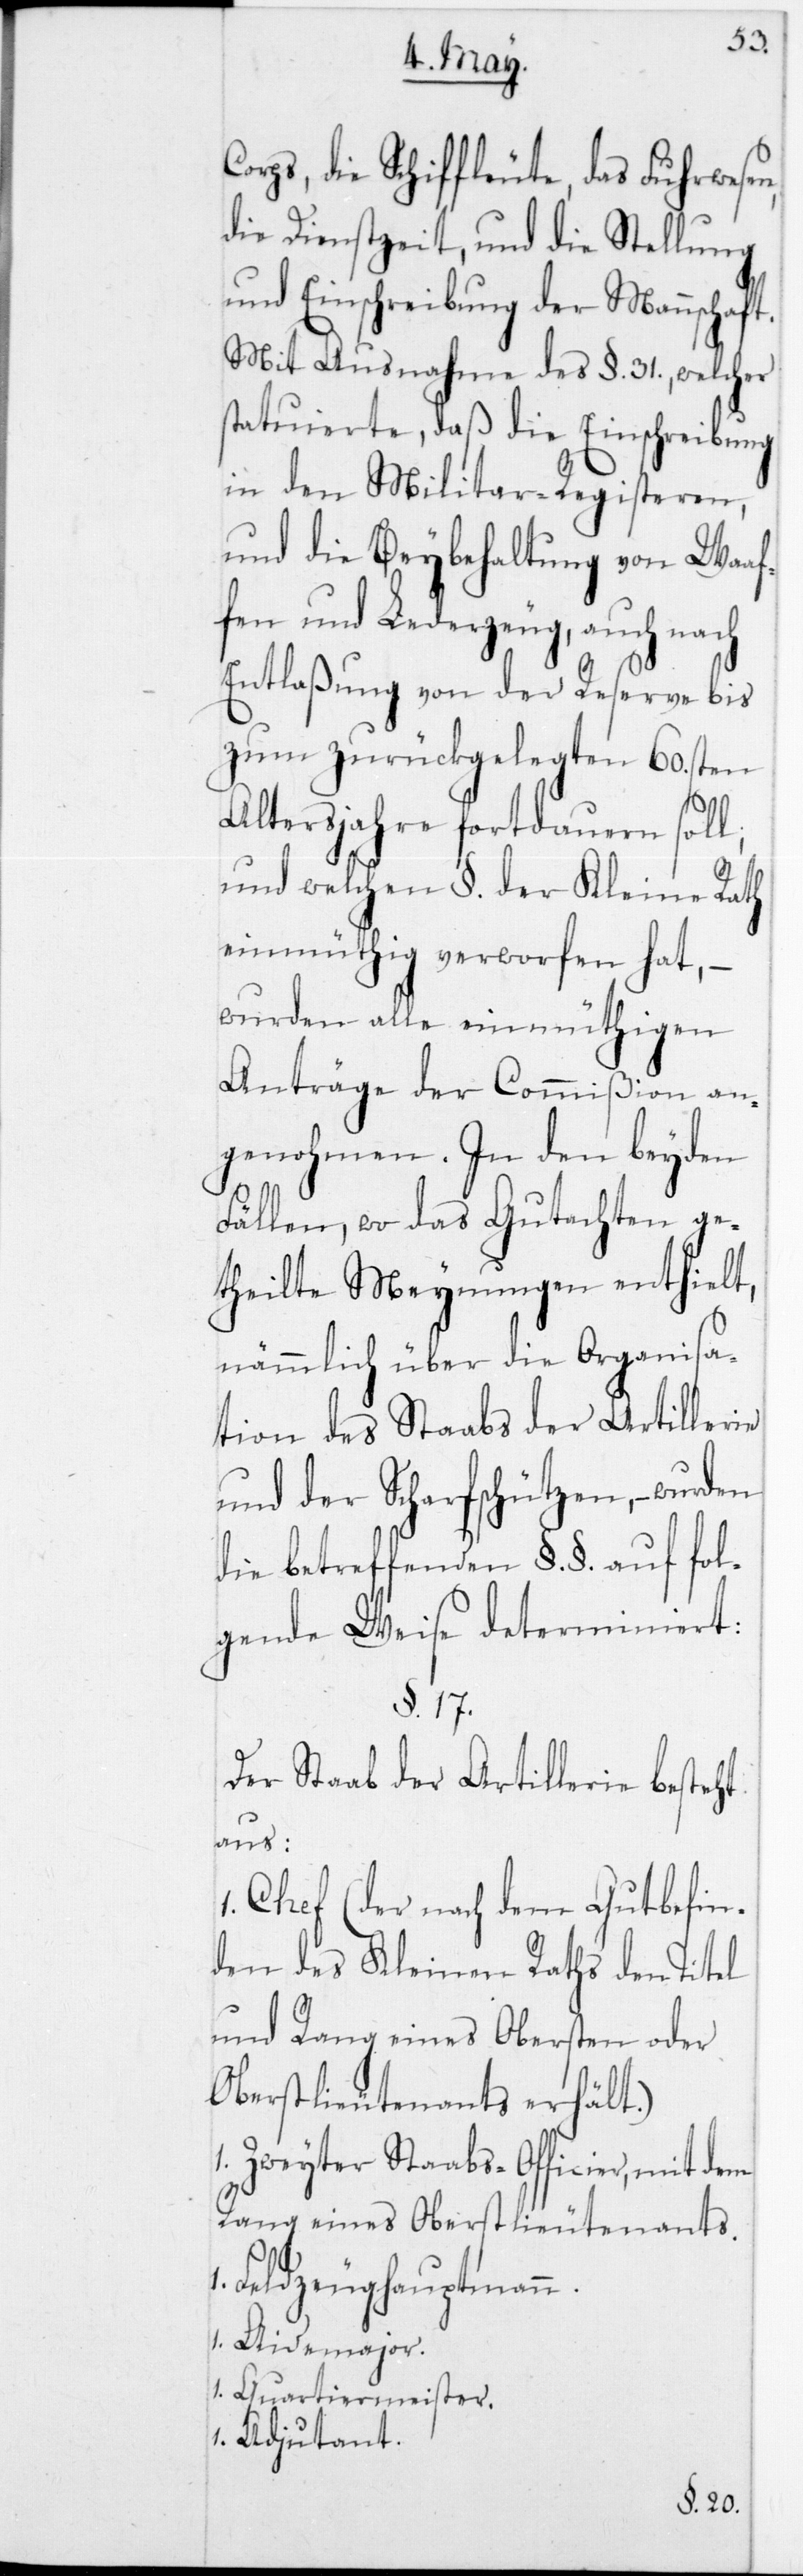
Corps, die Schiffleute, das Fuhrwesen,
die Dienstzeit, und die Stellung
und Einschreibung der Mannschaft.
Mit Ausnahme des § 31, welcher
statuierte, daß die Einschreibung
in den Militar-Registeren,
und die Beybehaltung von Waaf¬
fen und Lederzeug, auch nach
Entlaßung von der Reserve bis
zum zurückgelegten 60sten
Altersjahre fortdauern soll;
und welchen § der Kleine Rath
einmüthig verworfen hat, –
wurden alle einmüthigen
Anträge der Commißion an¬
genohmen. In den beyden
Fällen, wo das Gutachten ge¬
theilte Meynungen enthielt,
nämmlich über die Organisa¬
tion des Stabs der Artillerie
und der Scharfschützen, – wurden
die betreffenden §§ auf fol¬
gende Weise determiniert:
Der Stab der Artillerie besteht
aus:
1 Chef (der nach dem Gutbefin¬
den des Kleinen Raths den Titel
und Rang eines Obersten oder
Oberstlieutenants erhält.)
1 Zweyter Staabs-Officier, mit dem
Rang eines Oberstlieutenants.
1 Feldzeughauptmann.
1 Aidemajor.
1 Quartiermeister.
1 Adjudant.